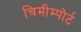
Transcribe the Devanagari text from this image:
चिमीम्पोर्ट